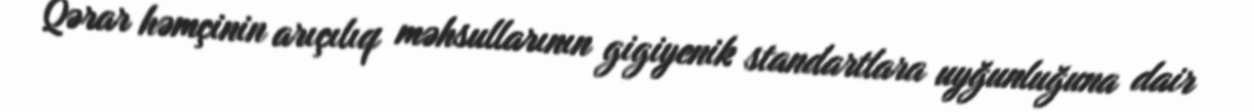
Qərar həmçinin arıçılıq məhsullarının gigiyenik standartlara uyğunluğuna dair